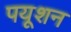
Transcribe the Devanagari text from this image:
पयूशन